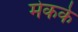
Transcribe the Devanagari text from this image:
मेकके